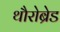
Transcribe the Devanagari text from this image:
थौरोब्रेड